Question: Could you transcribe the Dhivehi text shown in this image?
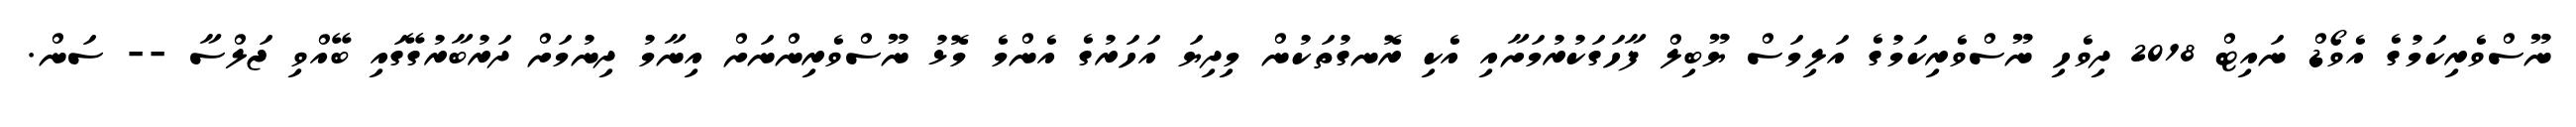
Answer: ނޫސްވެރިކަމުގެ އެވޯޑް ނައިޓް 2018 ދިވެހި ނޫސްވެރިކަމުގެ އަލިމަސް ޔޫބިލް ފާހަގަކުރުމަށާއި އެކި ރޮނގުތަކުން މިދިޔަ އަހަރުގެ އެންމެ މޮޅު ނޫސްވެރިންނަށް އިނާމު ދިނުމަށް ދަރުބާރުގޭގައި ބޭއްވި ޖަލްސާ -- ސަން.